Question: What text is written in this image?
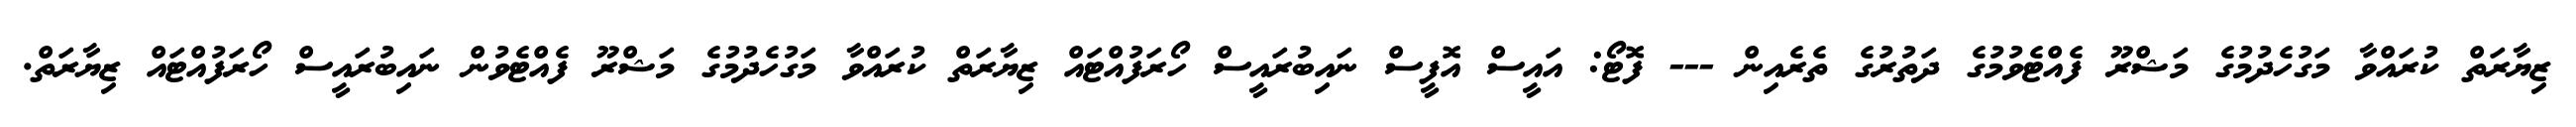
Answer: ޒިޔާރަތް ކުރައްވާ މަގުހެދުމުގެ މަޝްރޫ ފެއްޓެވުމުގެ ދަތުރުގެ ތެރެއިން --- ފޮޓޯ: އައީސް އޮފީސް ނައިބުރައީސް ހޯރަފުއްޓައް ޒިޔާރަތް ކުރައްވާ މަގުހެދުމުގެ މަޝްރޫ ފެއްޓެވުން ނައިބުރައީސް ހޯރަފުއްޓައް ޒިޔާރަތް.